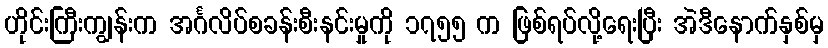
ဟိုင်းကြီးကျွန်းက အင်္ဂလိပ်စခန်းစီးနင်းမှုကို ၁၇၅၅ က ဖြစ်ရပ်လို့ရေးပြီး အဲဒီနောက်နှစ်မှ